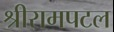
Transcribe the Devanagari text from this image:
श्रीरामपटल